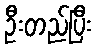
ဦးတည်ပြီး